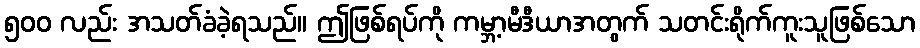
၅၀၀ လည်း အသတ်ခံခဲ့ရသည်။ ဤဖြစ်ရပ်ကို ကမ္ဘာ့မီဒီယာအတွက် သတင်းရိုက်ကူးသူဖြစ်သော